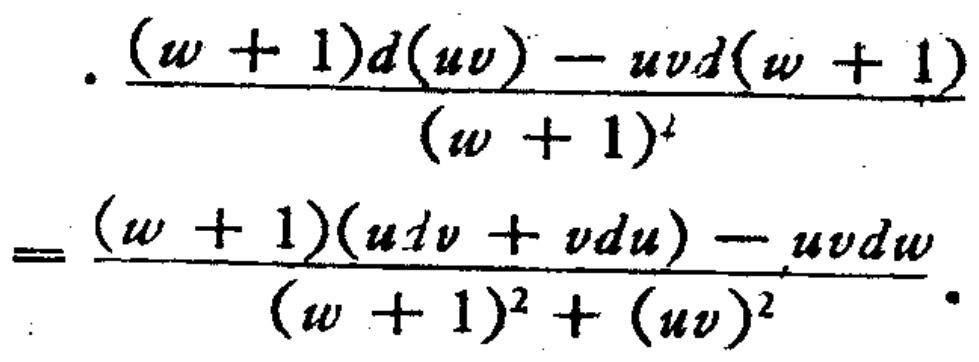
\[
\frac{(w + 1)d(uv) - uvd(w + 1)}{(w + 1)^4}=\frac{(w + 1)(udv + vdu) - uvdw}{(w + 1)^2+(uv)^2}
\]